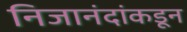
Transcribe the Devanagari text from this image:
निजानंदांकडून